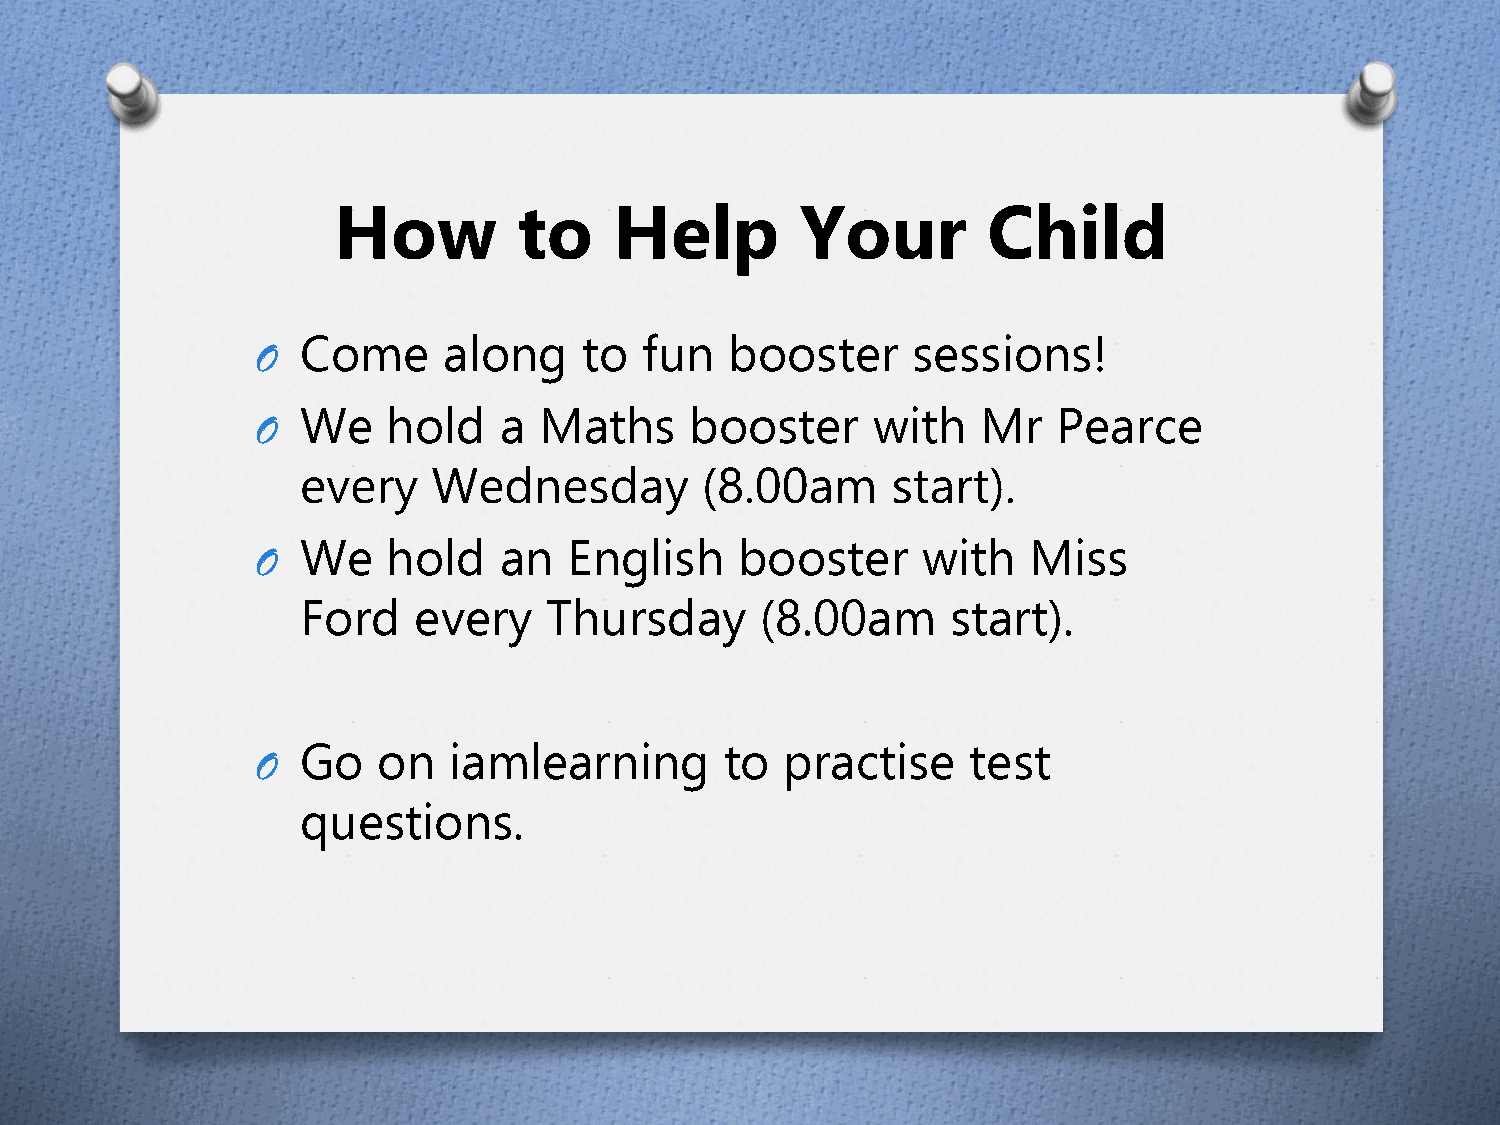
How         to     Help        Your        Child
 Come     along     to  fun  booster     sessions!
 O
 We    hold   a  Maths     booster     with   Mr   Pearce
 O
 every    Wednesday        (8.00am      start).
 We    hold   an   English    booster     with   Miss
 O
 Ford   every    Thursday      (8.00am      start).
 Go   on   iamlearning       to  practise    test
 O
 questions.